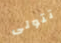
تتولى